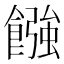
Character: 𩝽